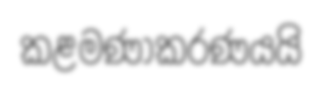
කළමණාකරණයයි